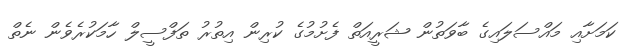
ކަމަށާއި މައްސަލައިގެ ބާވަތުން ޝަރީއަތް ފެށުމުގެ ކުރިން އިތުރު ތަފްސީލް ހާމަކުރެވެން ނެތް